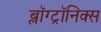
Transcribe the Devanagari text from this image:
ब्लॉग्ट्रॉनिक्स